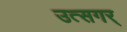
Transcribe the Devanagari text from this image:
उत्सगर्